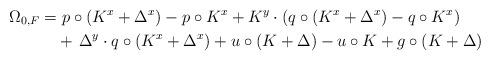
LaTeX: \begin{align*}\Omega_{0, F} & = p\circ(K^x + \Delta^x) - p\circ K^x + K^y \cdot (q\circ(K^x + \Delta^x) - q\circ K^x) \\& \quad+ \, \Delta^y \cdot q\circ (K^x + \Delta^x) + u \circ (K + \Delta) - u \circ K+ g\circ (K + \Delta)\end{align*}